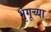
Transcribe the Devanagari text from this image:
भृगूच्या